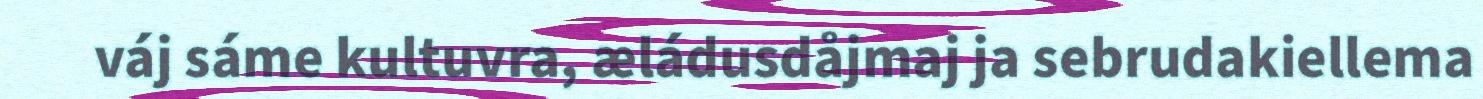
váj sáme kultuvra, æládusdåjmaj ja sebrudakiellema